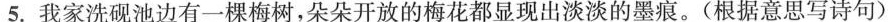
5.我家洗砚池边有一棵梅树，朵朵开放的梅花都显现出淡淡的墨痕。(根据意思写诗句)